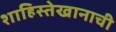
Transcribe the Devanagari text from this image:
शाहिस्तेखानाची